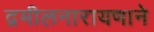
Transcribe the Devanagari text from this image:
द्रमीलनारायणाने